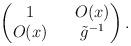
LaTeX: \begin{align*}\begin{pmatrix}1 && O(x) \\O(x) && \tilde{g}^{-1}\end{pmatrix}.\end{align*}